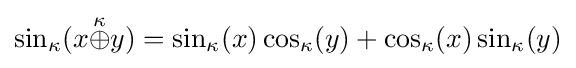
\sin _{\kappa }(x{\stackrel {\kappa }{\oplus }}y)=\sin _{\kappa }(x)\cos _{\kappa }(y)+\cos _{\kappa }(x)\sin _{\kappa }(y)